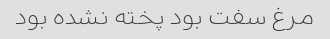
مرغ سفت بود پخته نشده بود